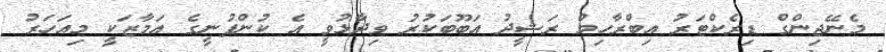
މެނޭޖިންގް ޑިރެކްޓަރު އިބްރާހިމް ރަޝީދު އަބޫބަކުރު ވިދާޅުވީ އެ ކުންފުނީގެ އަމާޒަކީ މިއަހަރު